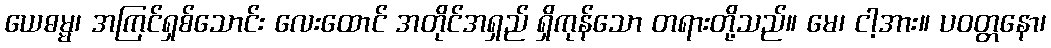
ယေဓမ္မ၊ အကြင်ရှစ်သောင်း လေးထောင် အတိုင်အရှည် ရှိကုန်သော တရားတို့သည်။ မေ၊ ငါ့အား။ ပဝတ္တနော၊